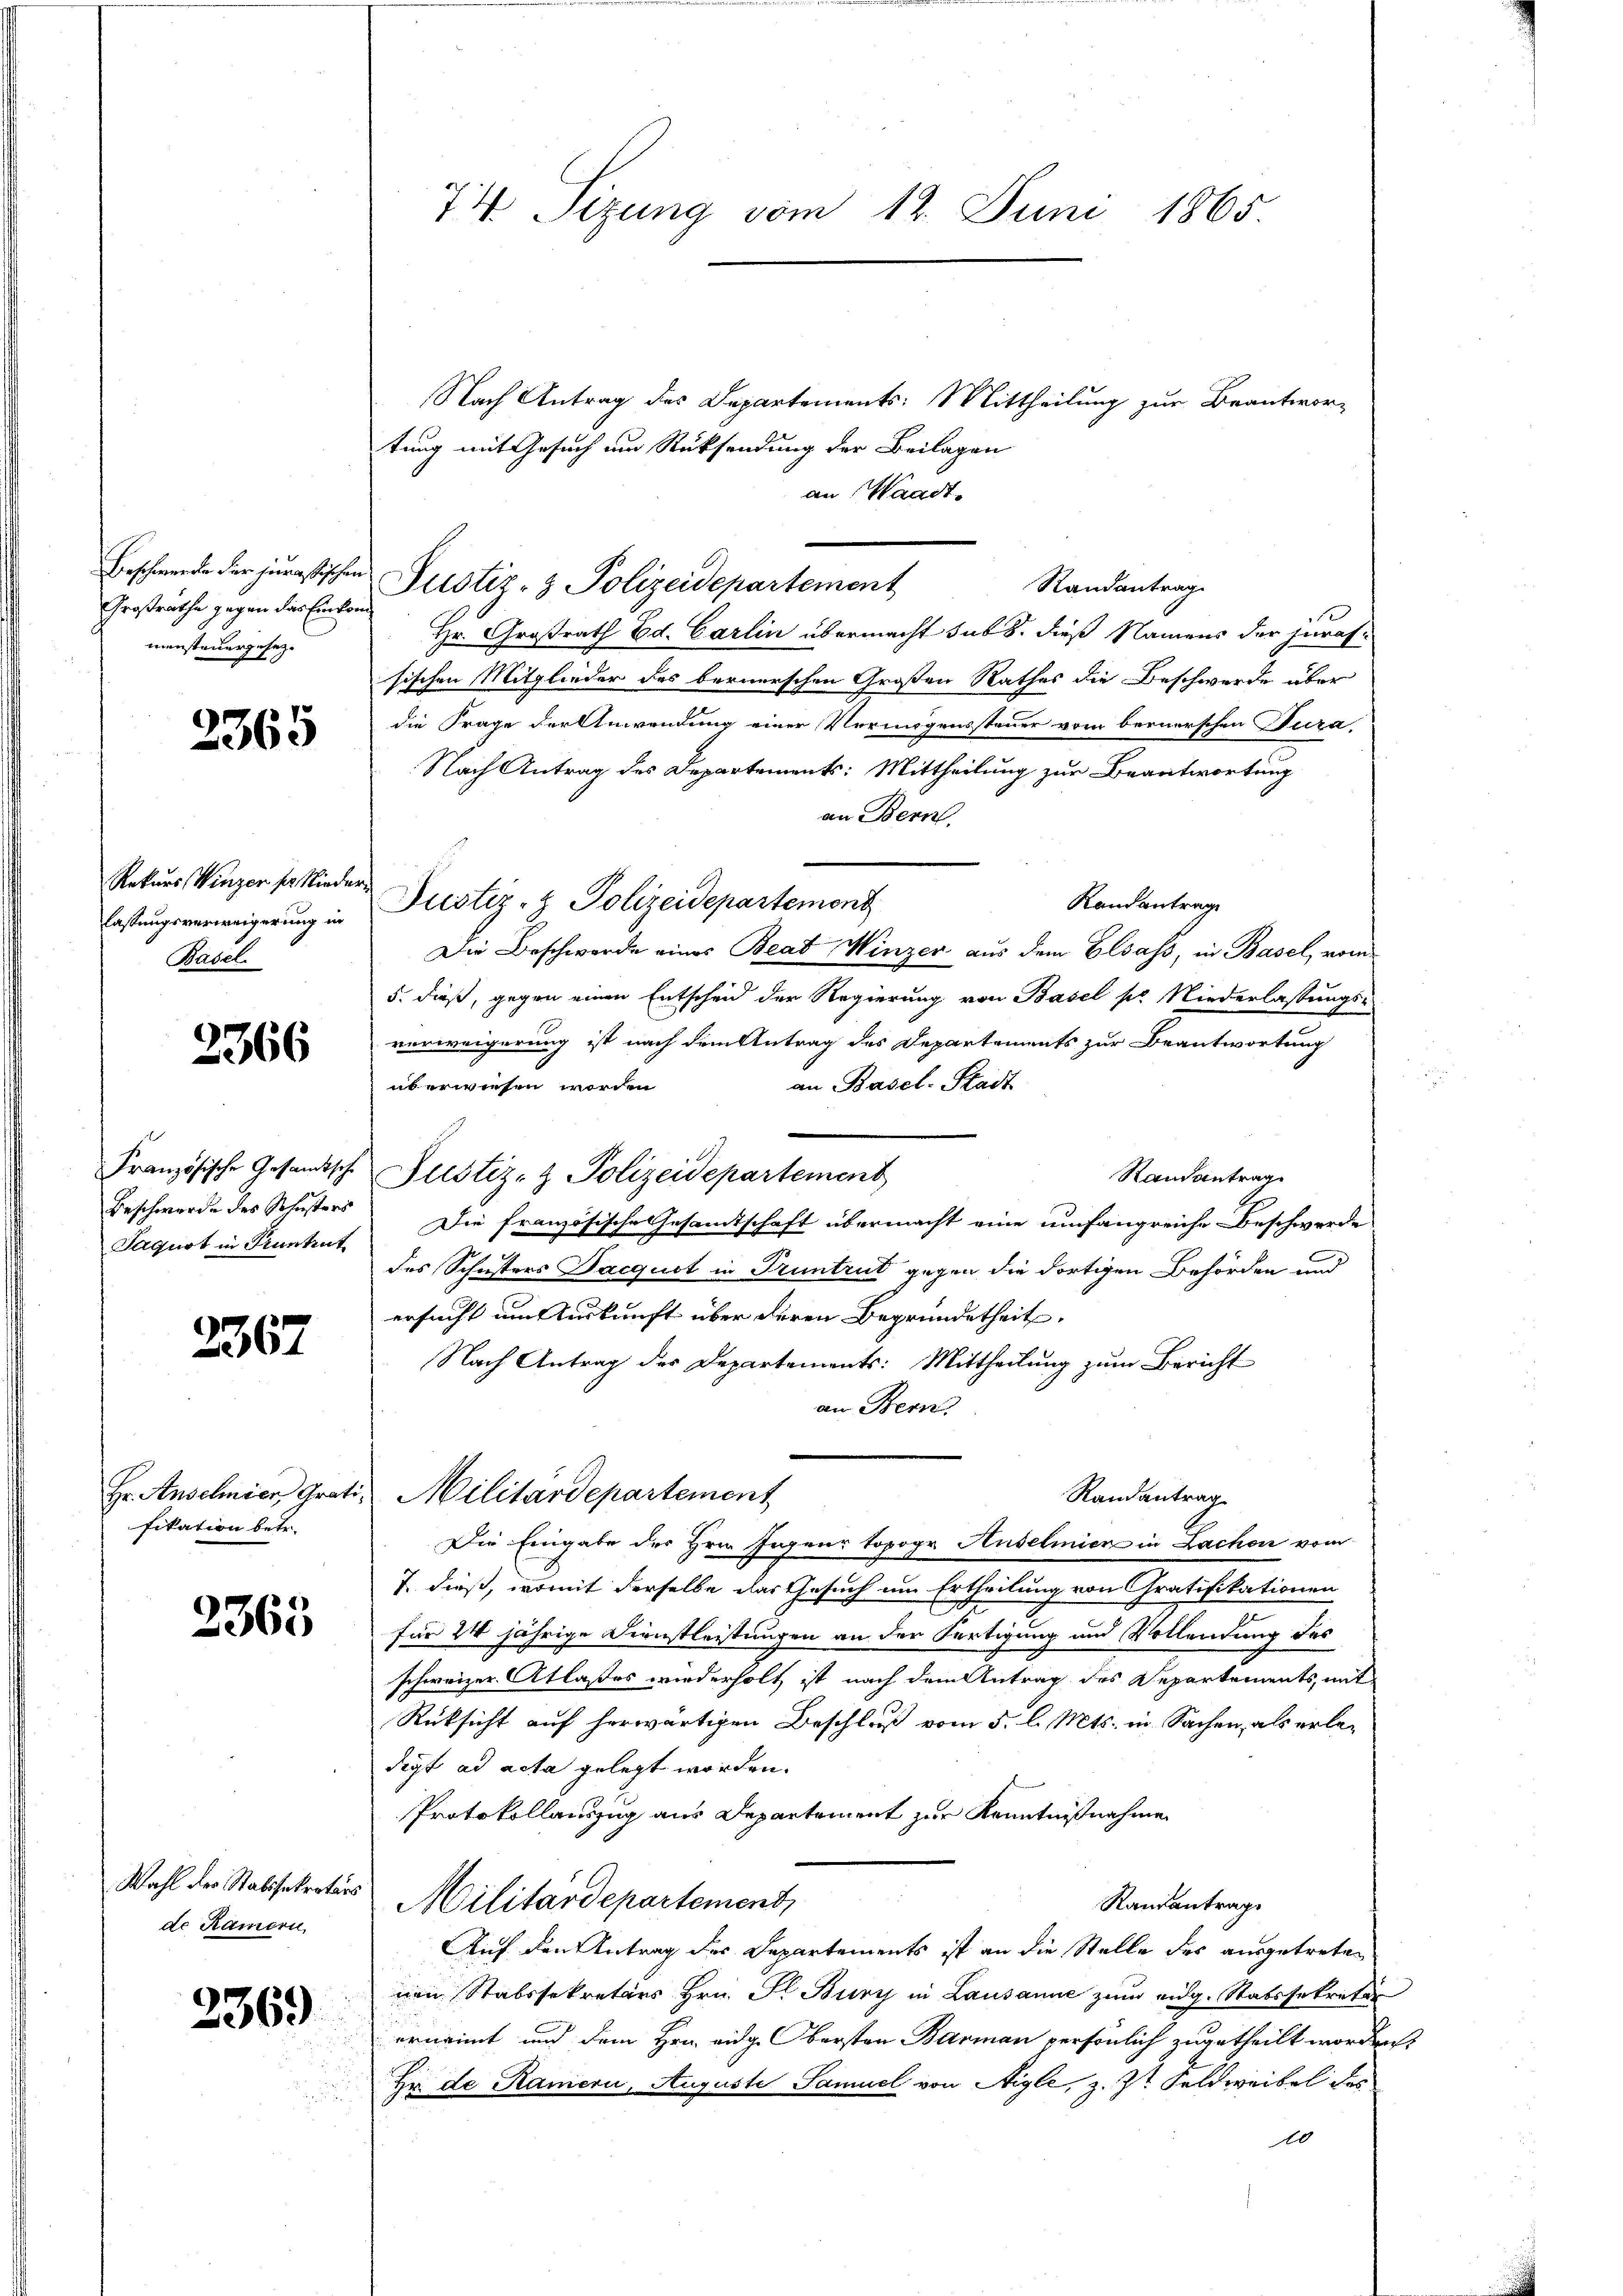
Beschwerden der jurastischen
Großrathe gegen das Einkonmansteuergesez¬

2365

Rekurs Winzer der Niede
lassungsverweigerung in
Basel

2366

Französische Gesandtsche
Beschwerde des Schusters
Saquot in Pruntrut

2367

Hr. Anselmien Grat
fikation betr.

2365

Wahl der Statssekretärs
de Kamern

2369

74. Sizung vom 12. Juni 1865.

Nach Antrag des Departements: Mittheilung zur Beantwor-
tung mit Gesuch um Rücksendung der Beilagen
an: Waadt
Justiz- & Polizeidepartement
Randantrag
Hr. Großrath Ed. Carlin übermacht sub b. dieß Namens der jurassischen Mitglieder des bernerschen Großen Rathes die Beschwerde über
die Frage der Anwendung einer Vermögenssteuer vom bernerschen Dura,
Nach Antrag des Departements: Mittheilung zur Beantwortung
an Bern.
Justiz- & Polizeidepartement
Randantrage
Die Beschwerde eines Beat Winzer aus dem Elsass, in Basel, vom
5. dieß, gegen einen Entscheid der Regierung von Basel pr Niederlassungs-
verweigerung ist nach dem Antrag des Departements zur Beantwortung
an Basel-Stadt
überwiesen worden
Justiz- & Polizeidepartement
Randantrag
Die französische Gesamtschaft übermacht eine umfangreiche Beschwerde
des Schusters Dacquit in Truntrut gegen die dortigen Behörden und
ersucht um Auskunft über deren Begründetheit,
Nach Antrag des Departements: Mittheilung zum Bericht
an Bern
Militärdepartement
Randantrag
Die Eingabe des Hrn. Jagens topogr Auselmier in Lachen vom
T. dieß, womit derselbe das Gesuch um Ertheilung von Gratifikationen
für 24 jährige Dernstleistungen an der Fertigung und Vollendung des
schweizer Atlaßes wiederholt ist nach dem Antrag des Departements, mit
Rücksicht auf herwärtigen Beschluß vom 5. l. Mts. in Sachen, als erledigt ad acta gelegt worden.
Protokollauszug aus Departement zur Kenntnißnahmen
Militärdepartement,
Randantrage
Auf den Antrag der Departements ist an die Stelle des ausgetreten
nen Stabssekretärs Hrn. Il Burg in Lausanne zum eidg. Stabssekretär
ernannt und dem Hrn. eidg. Obersten Barmann persönlich zugetheilt wordern
Hr de Kamern, Auguste Samuel von Aigle, z. Zt. Feldweibel des
10